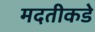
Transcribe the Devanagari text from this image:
मदतीकडे